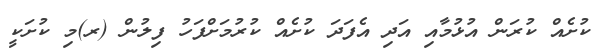
ކުށެއް ކުރަން އުޅުމާއި އަދި އެފަދަ ކުށެއް ކުރުމަށްފަހު ފިލުން (ރ)މި ކުށަކީ